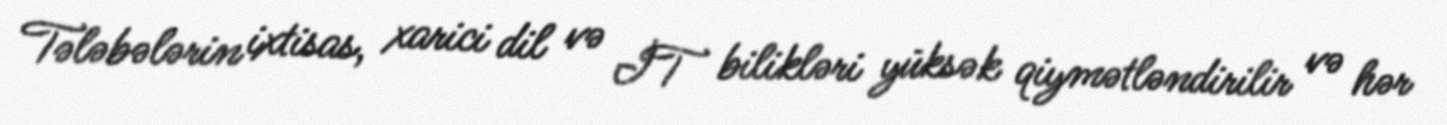
Tələbələrin ixtisas, xarici dil və İT bilikləri yüksək qiymətləndirilir və hər